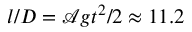
l / D = \mathcal { A } g t ^ { 2 } / 2 \approx 1 1 . 2